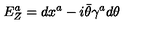
E _ { Z } ^ { a } = d x ^ { a } - i \bar { \theta } \gamma ^ { a } d \theta